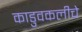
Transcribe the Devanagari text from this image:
काडुवकलीचे